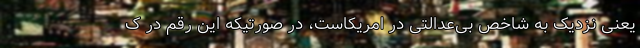
یعنی نزدیک به شاخص بی‌عدالتی در امریکاست، در صورتیکه این رقم در ک